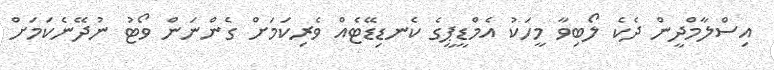
އިސްލާމްދީން ދެކެ ލޯބިވާ މީހަކު އެމްޑީޕީގެ ކެނޑިޑޭޓެއް ވެރިކަމަށް ގެންނަން ވޯޓު ނުދޭނެކަމަށް